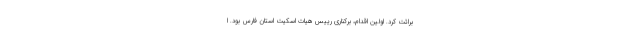
برائت کرد. اولین اقدام، برکناری رییس هیات اسکیت استان فارس بود. ا